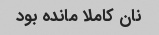
نان کاملا مانده بود